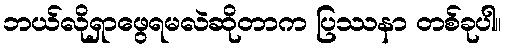
ဘယ်လိုရှာဖွေရမလဲဆိုတာက ပြဿနာ တစ်ခုပါ။